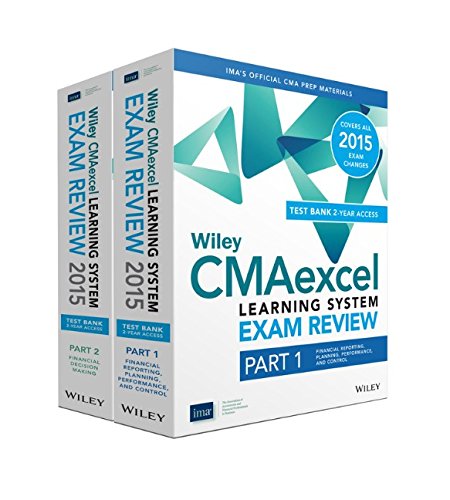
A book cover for Wiley CMAexcel Learning System Exam Review 2015 + Test Bank: Complete Set (Wiley CMA Learning System); IMA; Test Preparation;